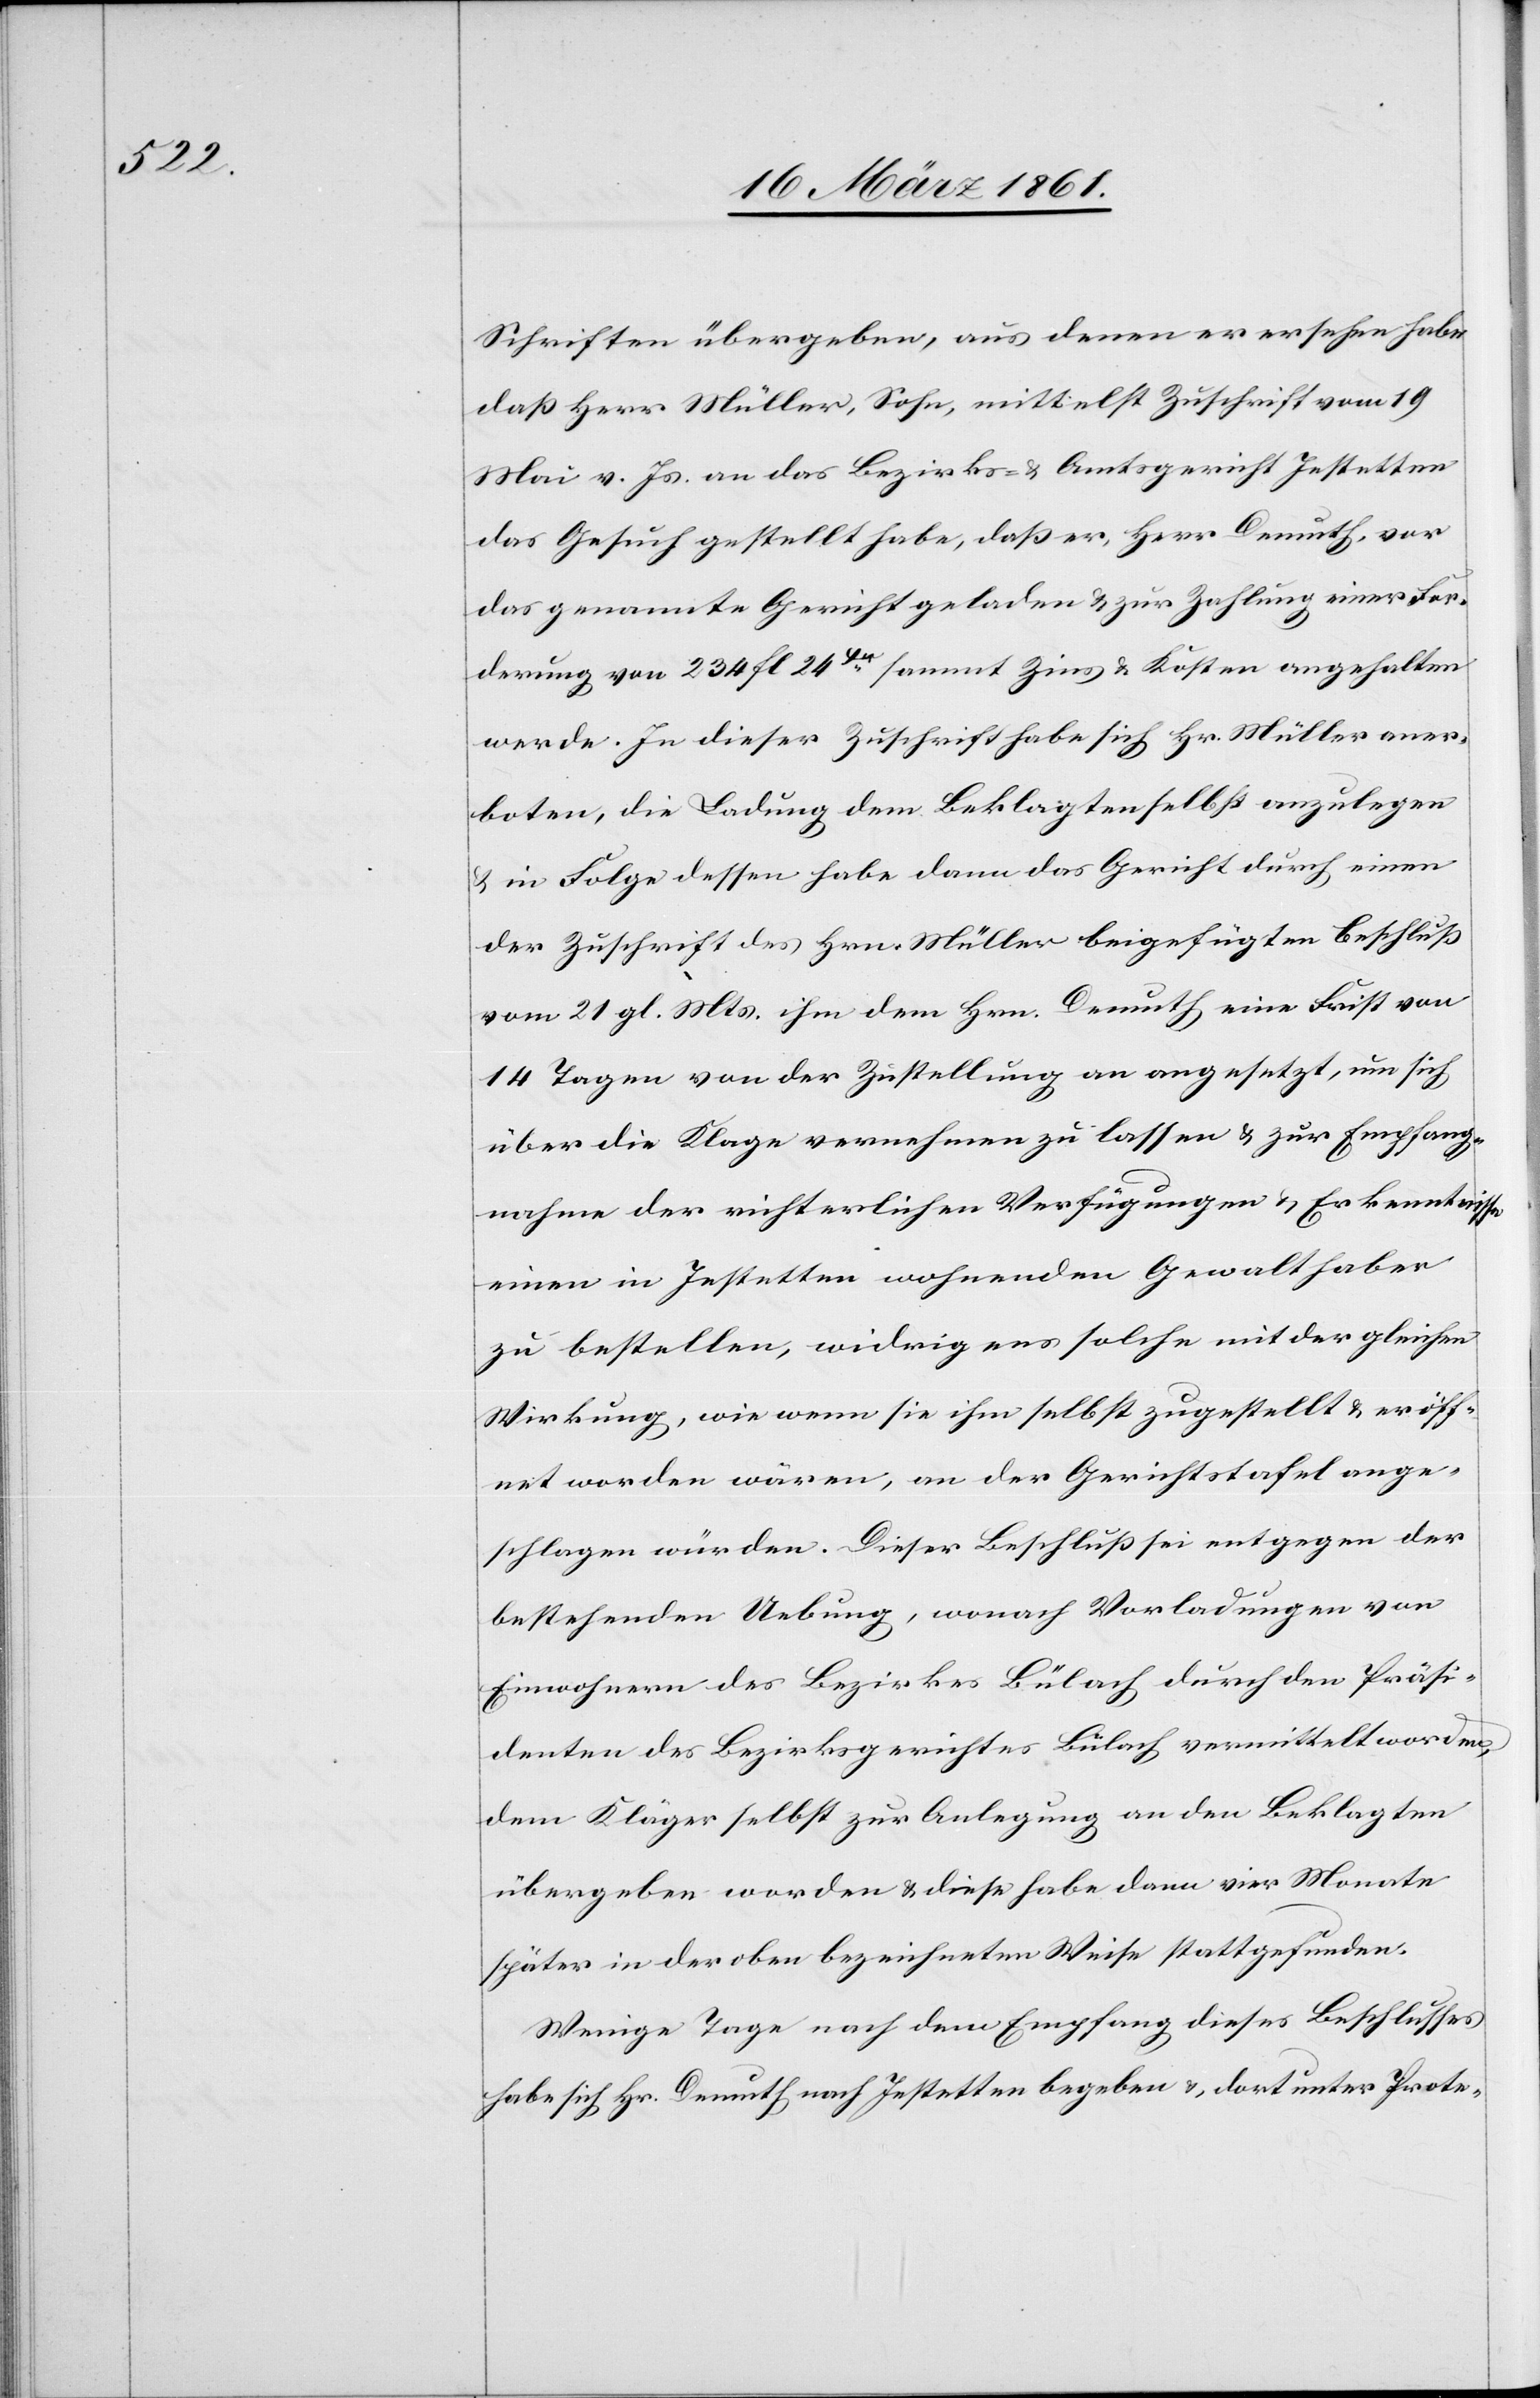
Schriften übergeben, aus denen er ersehen habe
daß Herr Müller, Sohn, mittelst Zuschrift vom 19
Mai v. Js. an das Bezirks- u. Amtsgericht Jestetten
das Gesuch gestellt habe, daß er, Herr Demtuh, vor
das genannte Gericht geladen u. zur Zahlung einer For¬
derung von 234 fl. 24Xr sammt Zins u. Kosten angehalten
werde. In dieser Zuschrift habe sich Hr. Müller aner¬
boten, die Ladung dem Beklagten selbst anzulegen
u. in Folge dessen habe dann das Gericht durch einen
der Zuschrift des Hrn Müller beigefügten Beschluß
vom 21. gl. Mts. ihm dem Hrn. Demuth eine Frist von
14 Tagen von der Zustellung an angesetzt, um sich
über die Klage vernehmen zu lassen u. zur Empfang¬
nahme der richterlichen Verfügungen u. Erkenntnisse
einen in Jestetten wohnenden Gewalthaber
zu bestellen, widrigens solche mit der gleichen
Wirkung, wie wenn sie ihm selbst zugestellt u. eröff¬
net worden wären, an der Gerichtstafel ange¬
schlagen würden. Dieser Beschluß sei entgegen der
bestehenden Uebung, wonach Vorladungen von
Einwohnern des Bezirkes Bülach durch den Präsi¬
denten des Bezirksgerichtes Bülach vermittelt worden,
dem Kläger selbst zur Anlegung an den Beklagten
übergeben worden u. diese habe dann vier Monate
später in der oben bezeichneten Weise stattgefunden.
Wenige Tage nach dem Empfang dieses Beschlusses
habe sich Hr. Demuth nach Jestetten begeben u. dort unter Prote-